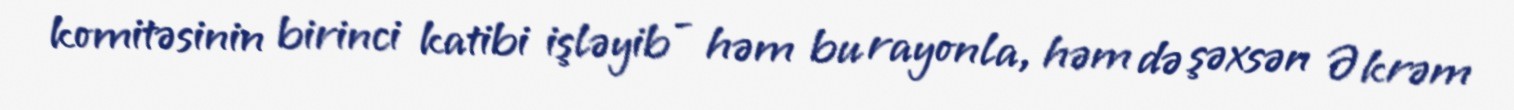
komitəsinin birinci katibi işləyib - həm bu rayonla, həm də şəxsən Əkrəm